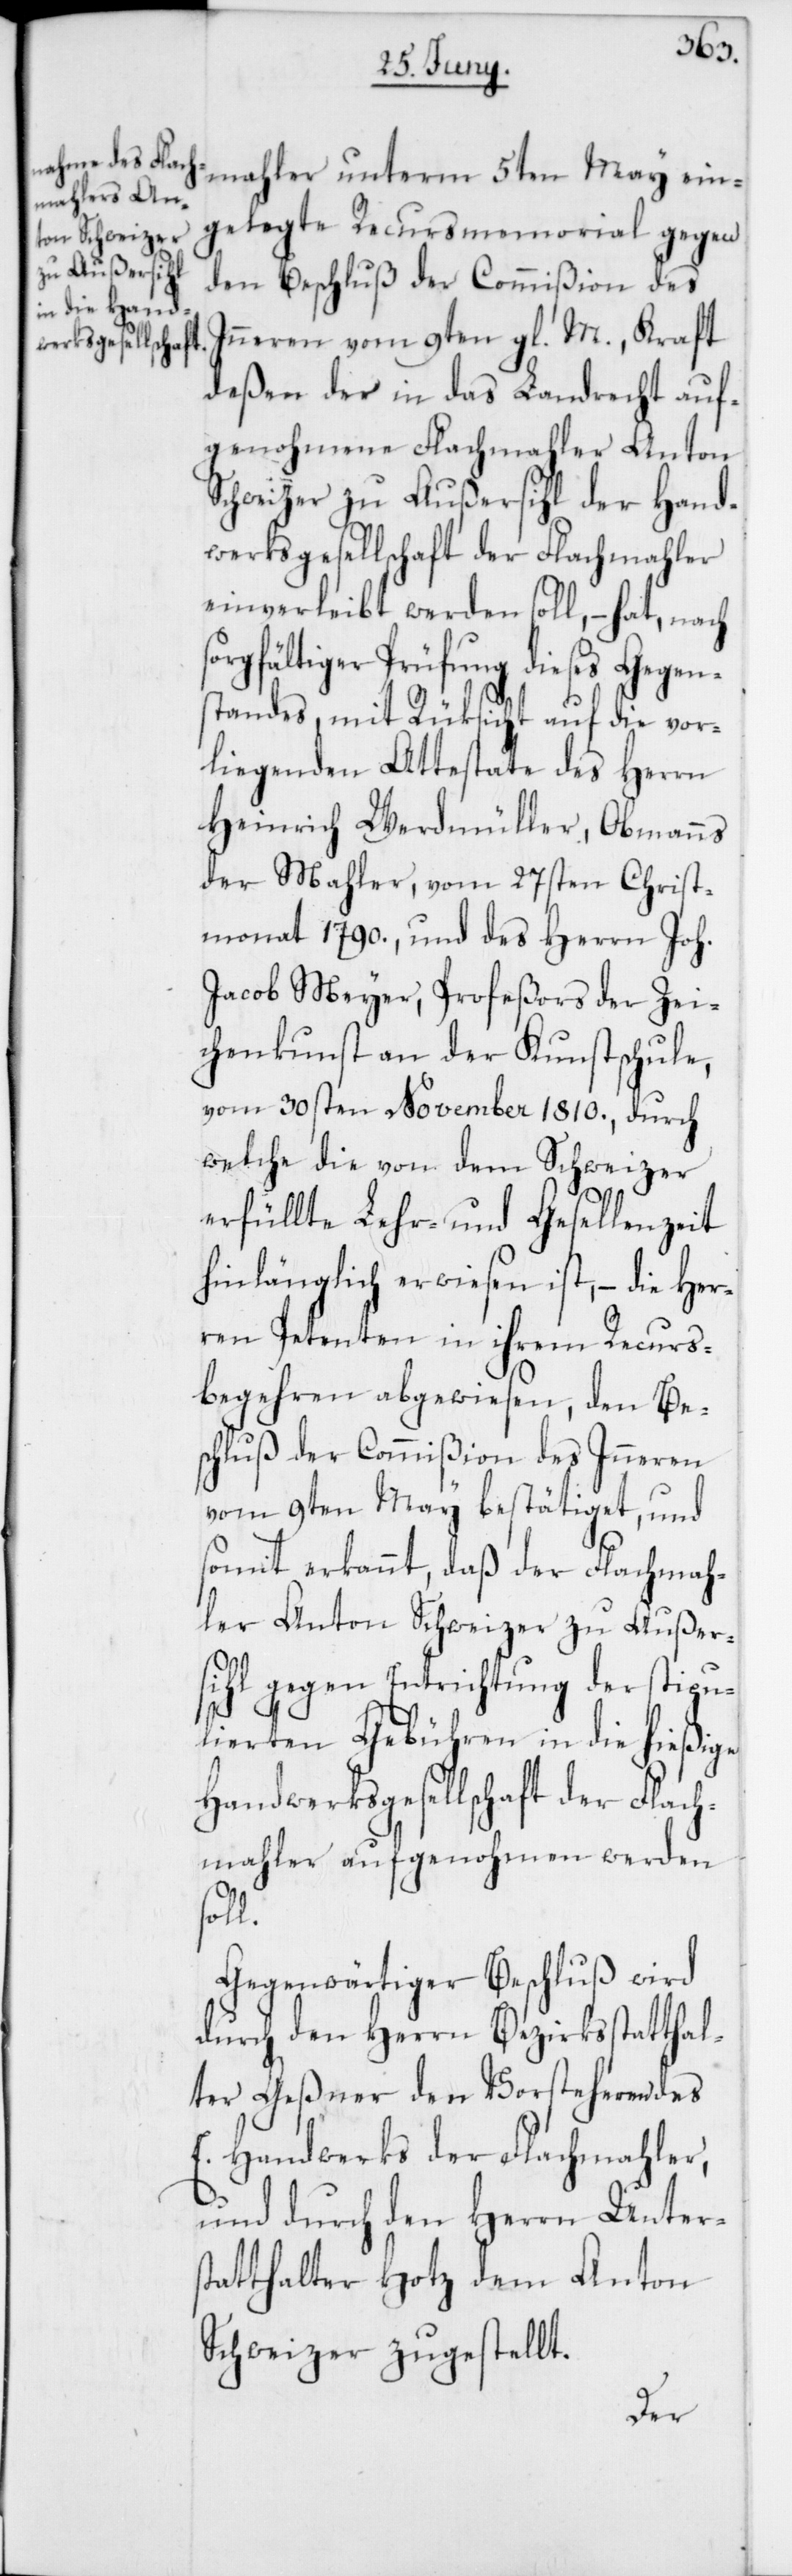
mahler unterm 5ten May ein¬
gelegte Recursmemorial gegen
den Beschluß der Commißion des
Inneren vom 9ten gl. M., Kraft
deßen der in das Landrecht auf¬
genohmene Flachmahler Anton
Schweizer zu Außersihl der Hand¬
werksgesellschaft der Flachmahler
einverleibt werden soll, – hat, nach
rgfältiger Prüfung dieses Gegen¬
standes, mit Rüksicht auf die vor¬
liegenden Attestate des Herrn
Heinrich Werdmüller, Obmanns
der Mahler, vom 27sten Christ¬
monat 1790., und des Herrn Joh.
Jacob Meyer, Profeßors der Zei¬
chenkunst an der Kunstschule,
vom 30sten November 1810., durch
welche die von dem Schweizer
erfüllte Lehr- und Gesellenzeit
hinlänglich erwiesen ist, – die Her¬
ren Petenten in ihrem Recurs¬
begehren abgewiesen, den Be¬
schluß der Commißion des Inneren
vom 9ten May bestätiget, und
somit erkannt, daß der Flachmah¬
ler Anton Schweizer zu Außer¬
sihl gegen Entrichtung der stipu¬
lierten Gebühren in die hießige
Handwerksgesellschaft der Flach¬
mahler aufgenohmen werden
l.
Gegenwärtiger Beschluß wird
durch den Herrn Bezirksstatthal¬
ter Geßner den Vorsteheren des
E. Handwerks der Flachmahler,
und durch den Herrn Unters¬
tatthalter Hotz dem Anton
Schweizer zugestellt.